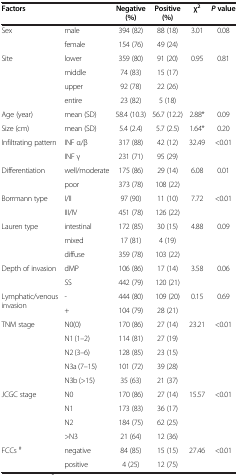
<table><thead><tr><td><b>Factors</b></td><td><b> </b></td><td><b>Negative (%)</b></td><td><b>Positive (%)</b></td><td><b>χ<sup>2</sup></b></td><td><b><i>P </i>value</b></td></tr></thead><tbody><tr><td rowspan="2">Sex</td><td>male</td><td>394 (82)</td><td>88 (18)</td><td rowspan="2">3.01</td><td rowspan="2">0.08</td></tr><tr><td>female</td><td>154 (76)</td><td>49 (24)</td></tr><tr><td rowspan="4">Site</td><td>lower</td><td>359 (80)</td><td>91 (20)</td><td rowspan="4">0.95</td><td rowspan="4">0.81</td></tr><tr><td>middle</td><td>74 (83)</td><td>15 (17)</td></tr><tr><td>upper</td><td>92 (78)</td><td>22 (26)</td></tr><tr><td>entire</td><td>23 (82)</td><td>5 (18)</td></tr><tr><td>Age (year)</td><td>mean (SD)</td><td>58.4 (10.3)</td><td>56.7 (12.2)</td><td>2.88*</td><td>0.09</td></tr><tr><td>Size (cm)</td><td>mean (SD)</td><td>5.4 (2.4)</td><td>5.7 (2.5)</td><td>1.64*</td><td>0.20</td></tr><tr><td rowspan="2">Infiltrating pattern</td><td>INF α/β</td><td>317 (88)</td><td>42 (12)</td><td>32.49</td><td>&lt;0.01</td></tr><tr><td>INF γ</td><td>231 (71)</td><td>95 (29)</td><td> </td><td> </td></tr><tr><td rowspan="2">Differentiation</td><td>well/moderate</td><td>175 (86)</td><td>29 (14)</td><td rowspan="2">6.08</td><td rowspan="2">0.01</td></tr><tr><td>poor</td><td>373 (78)</td><td>108 (22)</td></tr><tr><td rowspan="2">Borrmann type</td><td>I/II</td><td>97 (90)</td><td>11 (10)</td><td rowspan="2">7.72</td><td rowspan="2">&lt;0.01</td></tr><tr><td>III/IV</td><td>451 (78)</td><td>126 (22)</td></tr><tr><td rowspan="3">Lauren type</td><td>intestinal</td><td>172 (85)</td><td>30 (15)</td><td rowspan="2">4.88</td><td rowspan="2">0.09</td></tr><tr><td>mixed</td><td>17 (81)</td><td>4 (19)</td></tr><tr><td>diffuse</td><td>359 (78)</td><td>103 (22)</td><td> </td><td> </td></tr><tr><td rowspan="2">Depth of invasion</td><td>dMP</td><td>106 (86)</td><td>17 (14)</td><td>3.58</td><td>0.06</td></tr><tr><td>SS</td><td>442 (79)</td><td>120 (21)</td><td> </td><td> </td></tr><tr><td rowspan="2">Lymphatic/venous invasion</td><td>-</td><td>444 (80)</td><td>109 (20)</td><td rowspan="2">0.15</td><td rowspan="2">0.69</td></tr><tr><td>+</td><td>104 (79)</td><td>28 (21)</td></tr><tr><td rowspan="5">TNM stage</td><td>N0(0)</td><td>170 (86)</td><td>27 (14)</td><td rowspan="5">23.21</td><td rowspan="5">&lt;0.01</td></tr><tr><td>N1 (1–2)</td><td>114 (81)</td><td>27 (19)</td></tr><tr><td>N2 (3–6)</td><td>128 (85)</td><td>23 (15)</td></tr><tr><td>N3a (7–15)</td><td>101 (72)</td><td>39 (28)</td></tr><tr><td>N3b (&gt;15)</td><td>35 (63)</td><td>21 (37)</td></tr><tr><td rowspan="4">JCGC stage</td><td>N0</td><td>170 (86)</td><td>27 (14)</td><td rowspan="4">15.57</td><td rowspan="4">&lt;0.01</td></tr><tr><td>N1</td><td>173 (83)</td><td>36 (17)</td></tr><tr><td>N2</td><td>184 (75)</td><td>62 (25)</td></tr><tr><td>&gt;N3</td><td>21 (64)</td><td>12 (36)</td></tr><tr><td>FCCs <sup>#</sup></td><td>negative</td><td>84 (85)</td><td>15 (15)</td><td>27.46</td><td>&lt;0.01</td></tr><tr><td> </td><td>positive</td><td>4 (25)</td><td>12 (75)</td><td> </td><td> </td></tr></tbody></table>